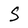
Character: S